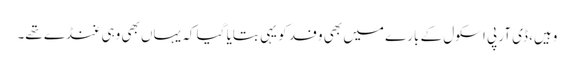
وہیں، ڈی آر پی اسکول کے بارے میں بھی وفد کو یہی بتایا گیا کہ یہاں بھی وہی غنڈے تھے۔